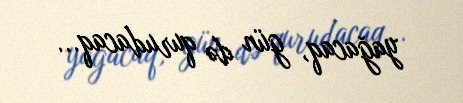
yağacaq, gün də qurudacaq...